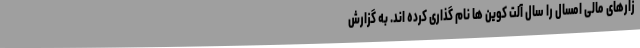
زارهای مالی امسال را سال آلت کوین ها نام گذاری کرده اند. به گزارش